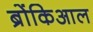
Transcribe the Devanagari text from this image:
ब्रोंकिआल